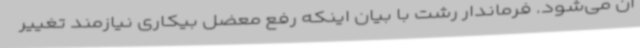
آن می‌شود. فرماندار رشت با بیان اینکه رفع معضل بیکاری نیازمند تغییر